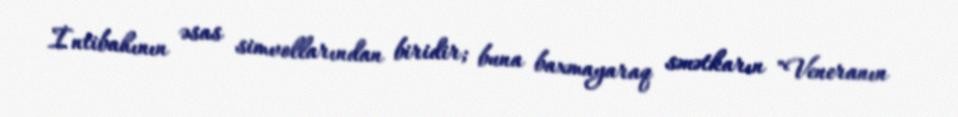
İntibahının əsas simvollarından biridir; buna baxmayaraq sənətkarın "Veneranın